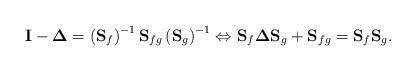
LaTeX: \begin{align*}\mathbf{I}-\mathbf{\Delta}=\left(\mathbf{S}_{f}\right)^{-1}\mathbf{S}_{fg}\left(\mathbf{S}_{g}\right)^{-1}\Leftrightarrow\mathbf{S}_{f}\mathbf{\Delta}\mathbf{S}_{g}+\mathbf{S}_{fg}=\mathbf{S}_{f}\mathbf{S}_{g}.\end{align*}